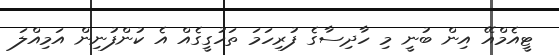
ޓީއެމްއޭ އިން ބުނީ މި ހާދިސާގެ ފުރިހަމަ ތަހުގީގެއް އެ ކުންފުނިން އަމިއްލަ